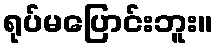
ရုပ်မပြောင်းဘူး။